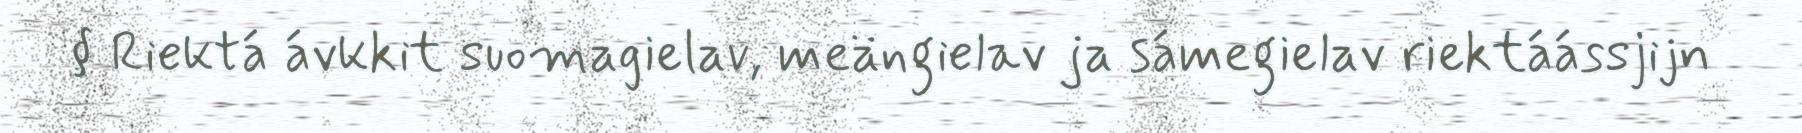
§ Riektá ávkkit suomagielav, meängielav ja sámegielav riektáássjijn